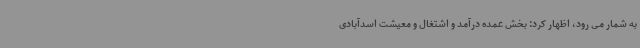
به شمار می رود، اظهار کرد: بخش عمده درآمد و اشتغال و معیشت اسدآبادی